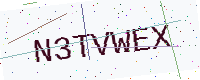
Text: N3TVWEX